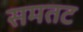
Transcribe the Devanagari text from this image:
समतट